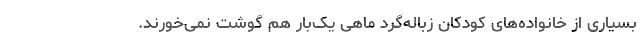
بسیاری از خانواده‌های کودکان زباله‌گرد ماهی یک‌بار هم گوشت نمی‌خورند.